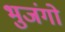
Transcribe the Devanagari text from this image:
भुजंगो